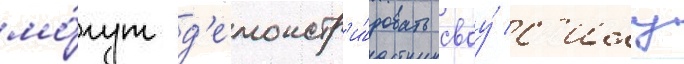
мо́гут д'емонстр'и́ровать своу́ с'илу